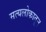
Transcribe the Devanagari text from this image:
सत्यलोकातून